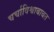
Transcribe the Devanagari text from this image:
चर्चाविश्वाबाबत